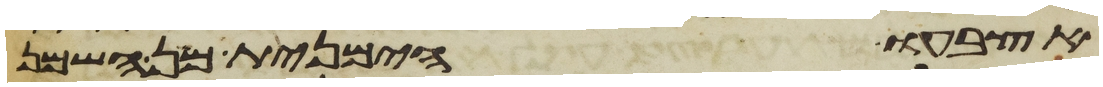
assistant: אצבעו הימנית מן השמן